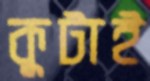
কুটাই